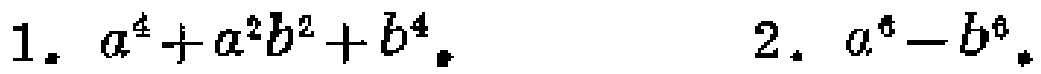
1. \(a^{4}+a^{2}b^{2}+b^{4}\)

2. \(a^{6}-b^{6}\)